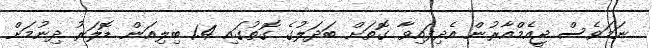
ނަމަވެސް ޖީއެމްއާރުން އެދިފައިވާ ގޮތަށް ބަދަލުގެ ގޮތުގައި 1.4 ބިލިއަން ޑޮލަރު ދިނުމަށް